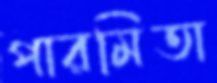
পারমিতা